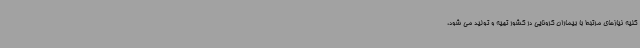
کلیه نیازهای مرتبط با بیماران کرونایی در کشور تهیه و تولید می شود،‌